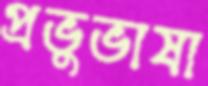
প্রভুভাষা